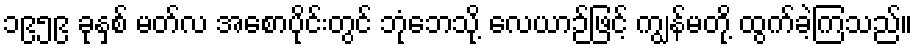
၁၉၅၉ ခုနှစ် မတ်လ အစောပိုင်းတွင် ဘုံဘေသို့ လေယာဉ်ဖြင့် ကျွန်မတို့ ထွက်ခဲ့ကြသည်။